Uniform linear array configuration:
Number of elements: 8
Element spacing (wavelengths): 0.5
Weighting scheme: kaiser
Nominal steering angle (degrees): -45
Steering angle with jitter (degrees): -46.004
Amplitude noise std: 0.05
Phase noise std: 0.05

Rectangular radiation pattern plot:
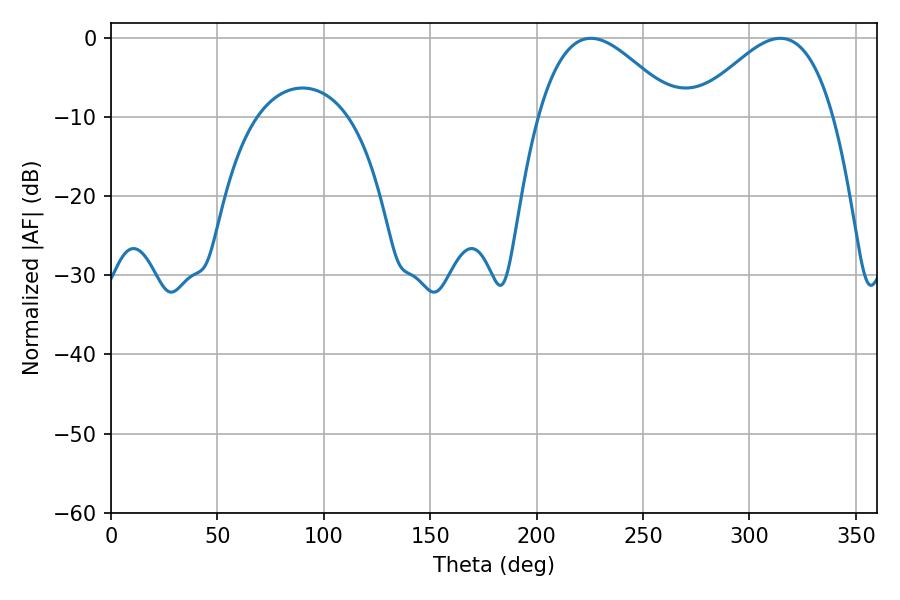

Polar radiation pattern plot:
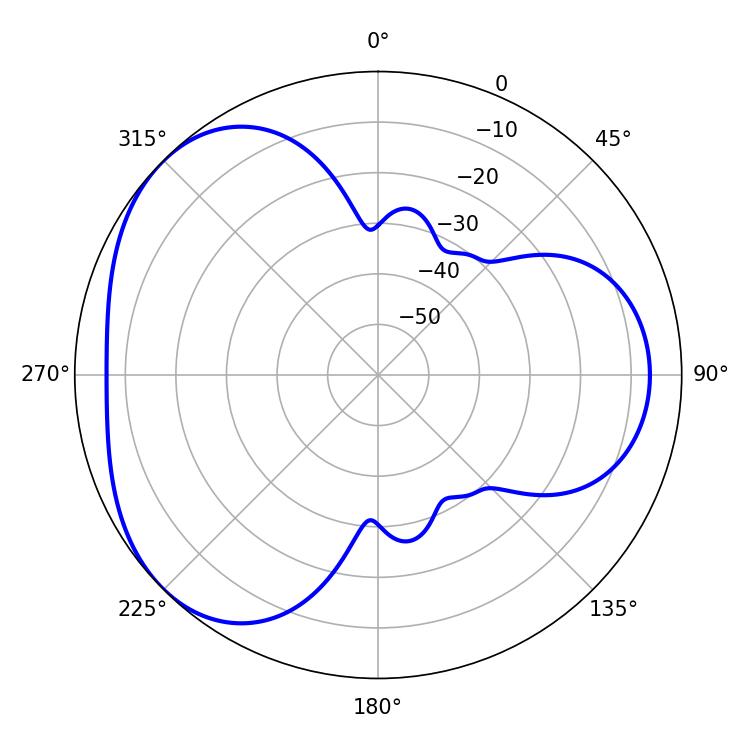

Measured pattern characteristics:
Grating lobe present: FALSE
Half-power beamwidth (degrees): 35.28
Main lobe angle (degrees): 225.54